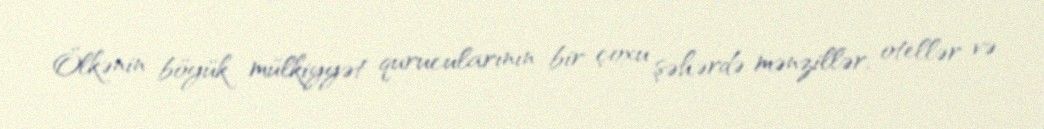
Ölkənin böyük mülkiyyət qurucularının bir çoxu şəhərdə mənzillər, otellər və